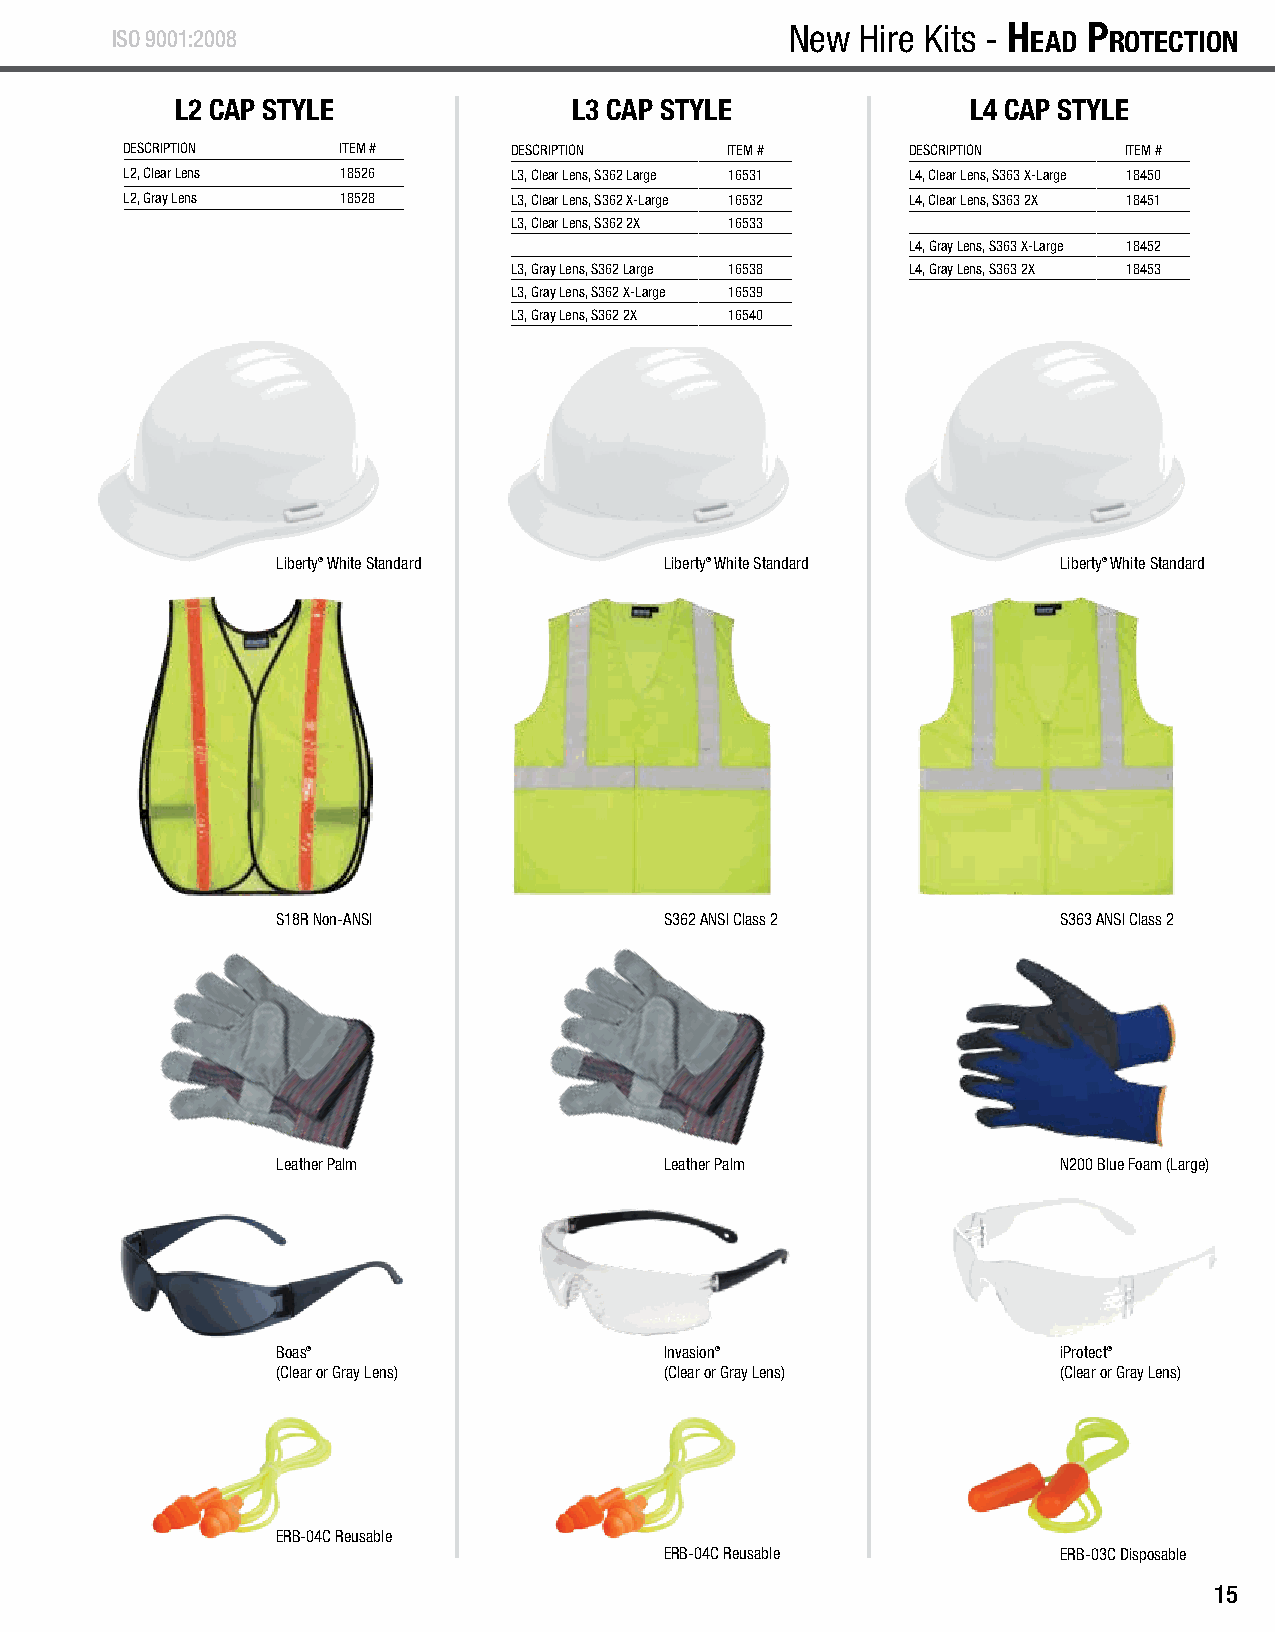
H
 eAd
 P
 rotection
 - 5 P
 iece
 n
 ew
 H
 ire
 K
 itS    ISO 9001:2008
 New  Hire Kits - H
 ead
 P
 rotection
 L2 CAP STYLE              L3 CAP STYLE              L4 CAP STYLE
 DESCRIPTION   ITEM #      DESCRIPTION   ITEM #      DESCRIPTION   ITEM #
 L2, Clear Lens 18526      L3, Clear Lens, S362 Large 16531 L4, Clear Lens, S363 X-Large 18450
 L2, Gray Lens  18528      L3, Clear Lens, S362 X-Large 16532 L4, Clear Lens, S363 2X 18451
 L3, Clear Lens, S362 2X 16533
 L4, Gray Lens, S363 X-Large 18452
 L3, Gray Lens, S362 Large 16538 L4, Gray Lens, S363 2X 18453
 L3, Gray Lens, S362 X-Large 16539
 L3, Gray Lens, S362 2X 16540
 Liberty® White Standard   Liberty® White Standard   Liberty® White Standard
 S18R Non-ANSI             S362 ANSI Class 2         S363 ANSI Class 2
 Leather Palm              Leather Palm              N200 Blue Foam (Large)
 Boas®                     Invasion®                 iProtect®
 (Clear or Gray Lens)      (Clear or Gray Lens)      (Clear or Gray Lens)
 ERB-04C Reusable
 ERB-04C Reusable          ERB-03C Disposable
 15